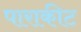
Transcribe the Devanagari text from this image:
पाराकीट